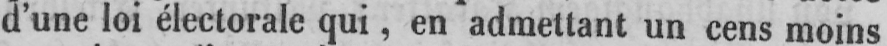
d’une loi électorale qui, en admettant un cens moins